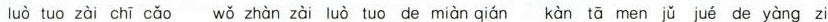
luò tuo zài chī cǎo wǒ zhàn zài luò tuo de miàn qián kàn tā men jǔ jué de yàng zi